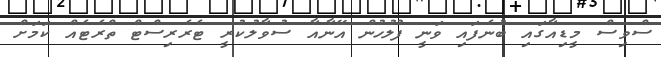
ސްވިސް މީޑިއާގައި ބުނެފައި ވަނީ ފުލުހުން އޭނާއާ ސުވާލުކުރީ ޓެރެރިސްޓް ތްރެޓެއް ކަމަށް